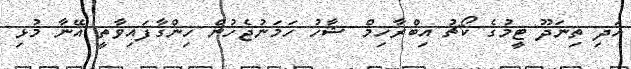
އަދި ތިނަދޫ ޓީމުގެ ކޯޗު އިބްރާހިމް ޝާހު ހަމަނުޖެހުން ހިންގާފައިވާތީ އޭނާ މުޅި